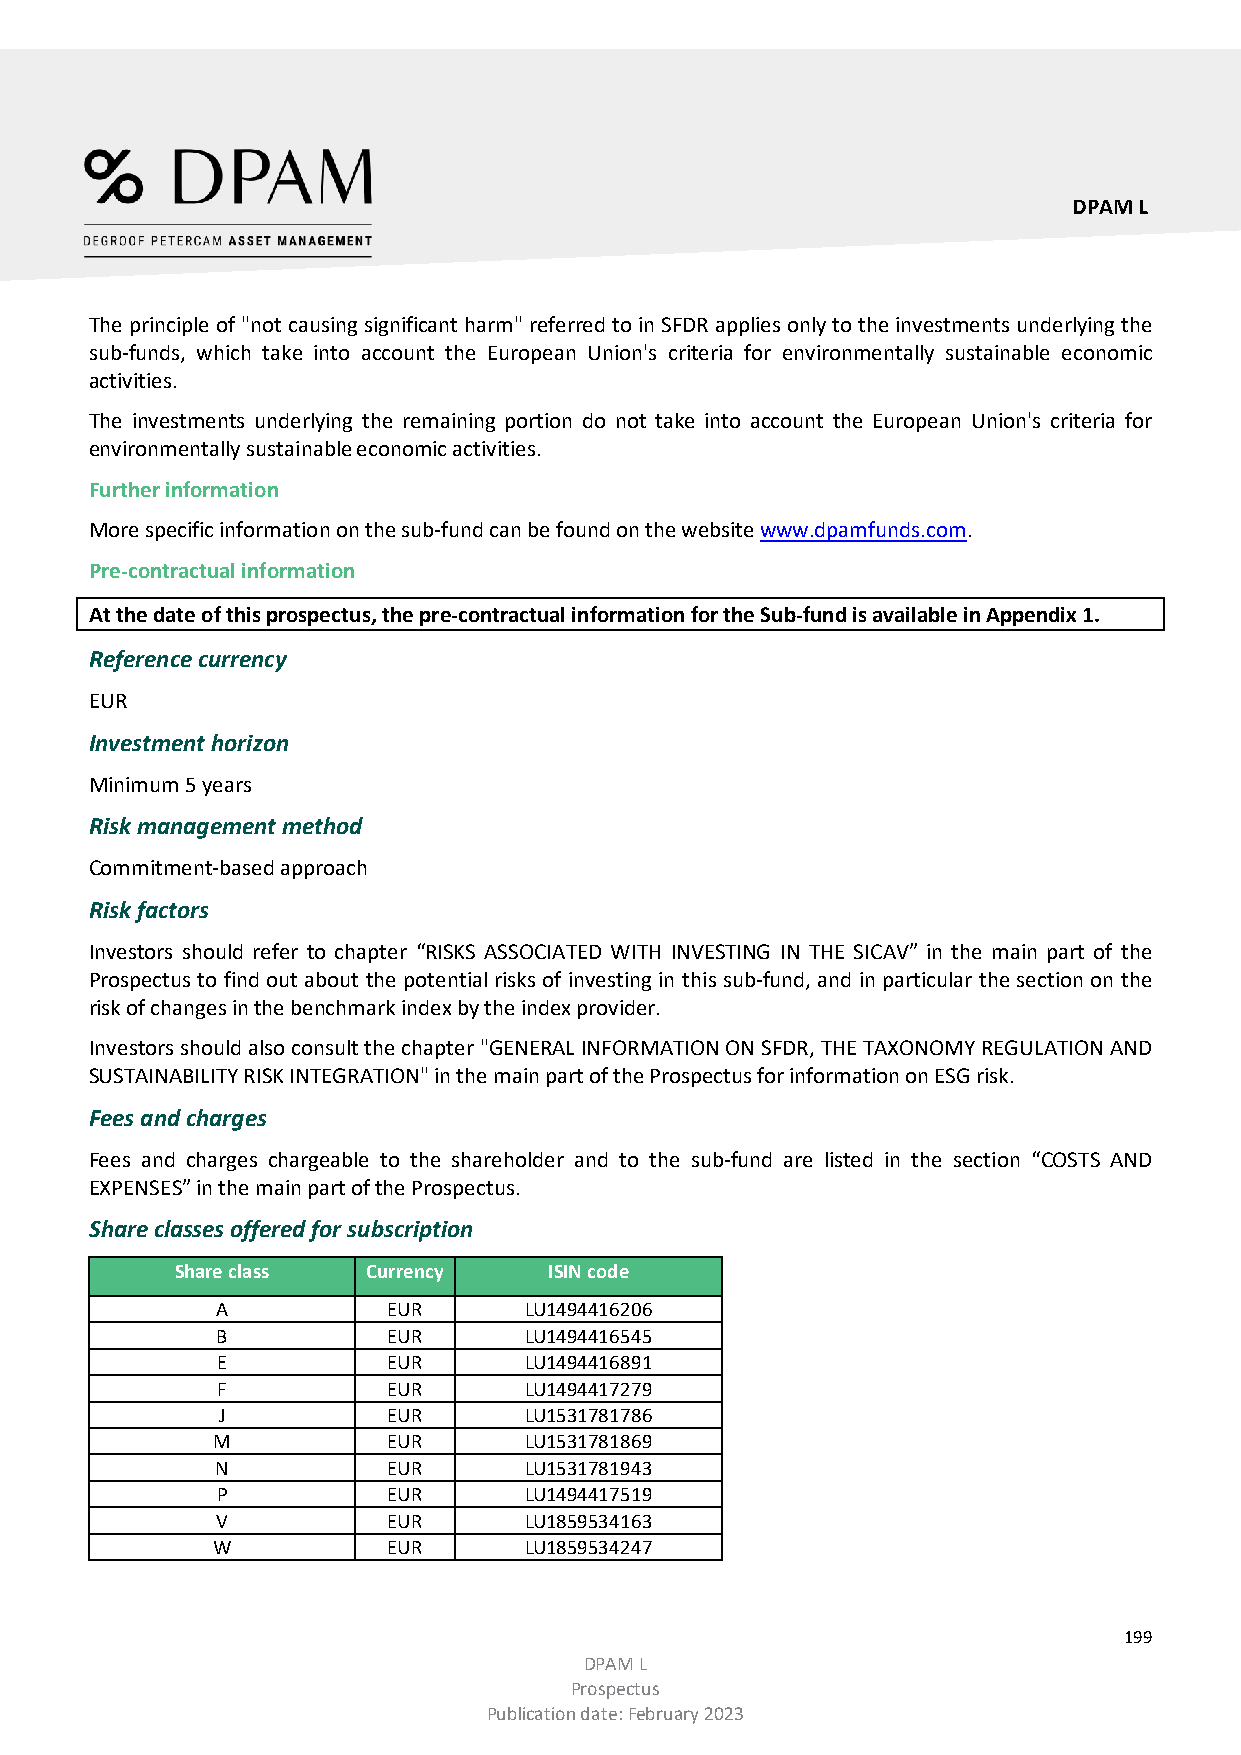
DPAM L
 The principle of "not causing significant harm" referred to in SFDR applies only to the investments underlying the
 sub-funds, which take into account the European Union's criteria for environmentally sustainable economic
 activities.
 The investments underlying the remaining portion do not take into account the European Union's criteria for
 environmentally sustainable economic activities.
 Further information
 More specific information on the sub-fund can be found on the website www.dpamfunds.com.
 Pre-contractual information
 At the date of this prospectus, the pre-contractual information for the Sub-fund is available in Appendix 1.
 Reference currency
 EUR
 Investment horizon
 Minimum 5 years
 Risk management method
 Commitment-based approach
 Risk factors
 Investors should refer to chapter “RISKS ASSOCIATED WITH INVESTING IN THE SICAV” in the main part of the
 Prospectus to find out about the potential risks of investing in this sub-fund, and in particular the section on the
 risk of changes in the benchmark index by the index provider.
 Investors should also consult the chapter "GENERAL INFORMATION ON SFDR, THE TAXONOMY REGULATION AND
 SUSTAINABILITY RISK INTEGRATION" in the main part of the Prospectus for information on ESG risk.
 Fees and charges
 Fees and charges chargeable to the shareholder and to the sub-fund are listed in the section “COSTS AND
 EXPENSES” in the main part of the Prospectus.
 Share classes offered for subscription
 Share class Currency    ISIN code
 A           EUR      LU1494416206
 B           EUR      LU1494416545
 E           EUR      LU1494416891
 F           EUR      LU1494417279
 J           EUR      LU1531781786
 M           EUR      LU1531781869
 N           EUR      LU1531781943
 P           EUR      LU1494417519
 V           EUR      LU1859534163
 W           EUR      LU1859534247
 199
 DPAM L
 Prospectus
 Publication date: February 2023